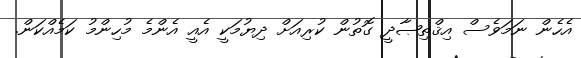
އެހެން ނަމަވެސް އިޤްތިޞާދީ ގޮތުން ކުރިއަށް ދިޔުމަކީ އެއީ އެންމެ މުހިންމު ކަމެއްކަން.